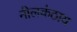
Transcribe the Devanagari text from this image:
नीलकंठाय